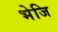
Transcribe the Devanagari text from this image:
भेजि